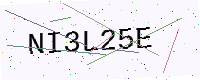
Text: NI3L25E